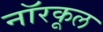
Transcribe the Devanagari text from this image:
नॉरकूल